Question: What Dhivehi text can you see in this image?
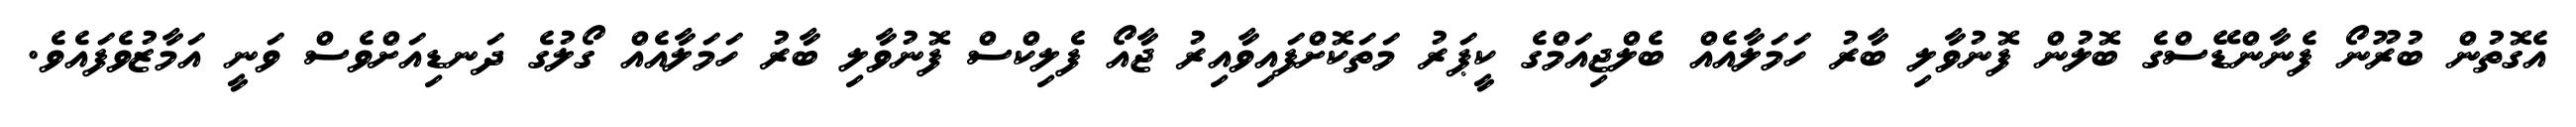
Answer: އެގޮތުން ބުރޫނޯ ފެނާންޑޭސްގެ ބޮލުން ފޮނުވާލި ބާރު ހަމަލާއެއް ބެލްޖިއަމްގެ ކީޕަރު މަތަކޮށްފައިވާއިރު ޖާއޯ ފެލިކްސް ފޮނުވާލި ބާރު ހަމަލާއެއް ގޯލުގެ ދަނޑިއަށްވެސް ވަނީ އަމާޒުވެފައެވެ.